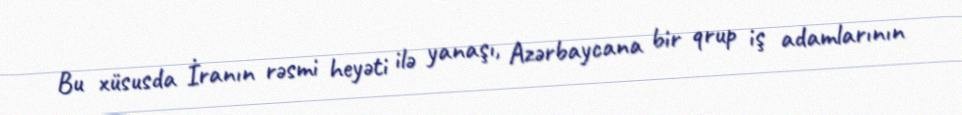
Bu xüsusda İranın rəsmi heyəti ilə yanaşı, Azərbaycana bir qrup iş adamlarının